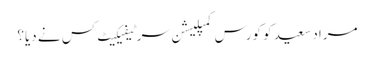
مراد سعید کو کورس کمپلیشن سرٹیفیکیٹ کس نے دیا؟